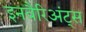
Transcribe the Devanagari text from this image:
इनवैरिअंट्स